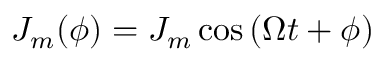
J _ { m } ( \phi ) = J _ { m } \cos { ( \Omega t + \phi ) }